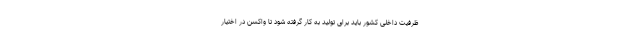
ظرفیت داخلی کشور باید برای تولید به کار گرفته شود تا واکسن در اختیار